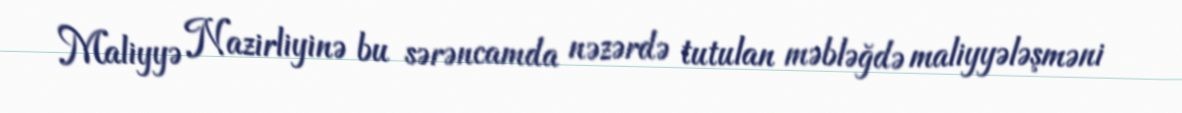
Maliyyə Nazirliyinə bu sərəncamda nəzərdə tutulan məbləğdə maliyyələşməni